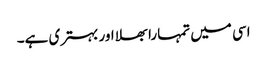
اسی میں تمہارا بھلا اور بہتری ہے۔